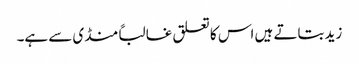
زید بتاتے ہیں اس کا تعلق غالباً منڈی سے ہے۔